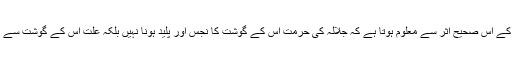
عبداللہ بن عمر رضی اللہ عنہما کے اس صحیح اثر سے معلوم ہوتا ہے کہ جلالہ کی حرمت اس کے گوشت کا نجس اور پلید ہونا نہیں بلکہ علت اس کے گوشت سے گندگی کی بدبو وغیرہ کا آنا ہے۔